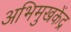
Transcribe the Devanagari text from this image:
अभिमुखकेंद्र